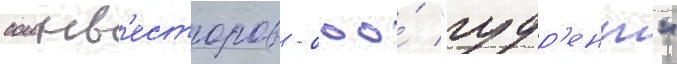
соинв'есторов - ооо́ "гудр'ент"